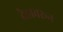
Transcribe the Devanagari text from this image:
देहावरून